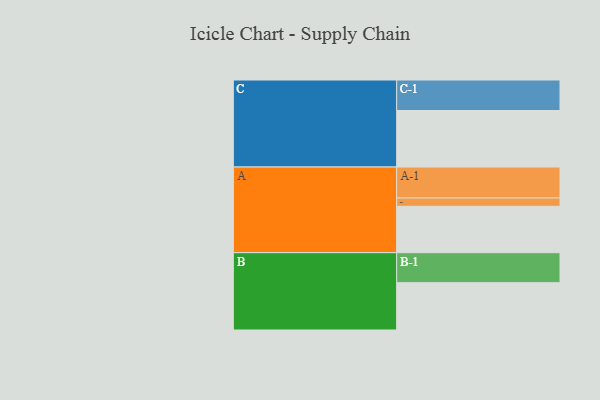
{"axis": {"x": "Segment", "y": "Value"}, "legend": ["", "A", "B", "C"], "data": [{"x": "A", "y": 439, "type": ""}, {"x": "B", "y": 448, "type": ""}, {"x": "C", "y": 535, "type": ""}, {"x": "A-1", "y": 293, "type": "A"}, {"x": "A-2", "y": 79, "type": "A"}, {"x": "B-1", "y": 284, "type": "B"}, {"x": "C-1", "y": 289, "type": "C"}]}